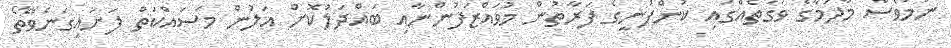
ނަމަވެސް މާދަމާގެ ވަގުތެއްގައި ކުންފުނީގެ ފަރާތުން މުވައްޒަފުންނާއި ބައްދަލުކޮށް އަލުން މަސައްކަތް ފަށައިގަނެވޭތޯ